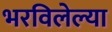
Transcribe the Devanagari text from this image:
भरविलेल्या